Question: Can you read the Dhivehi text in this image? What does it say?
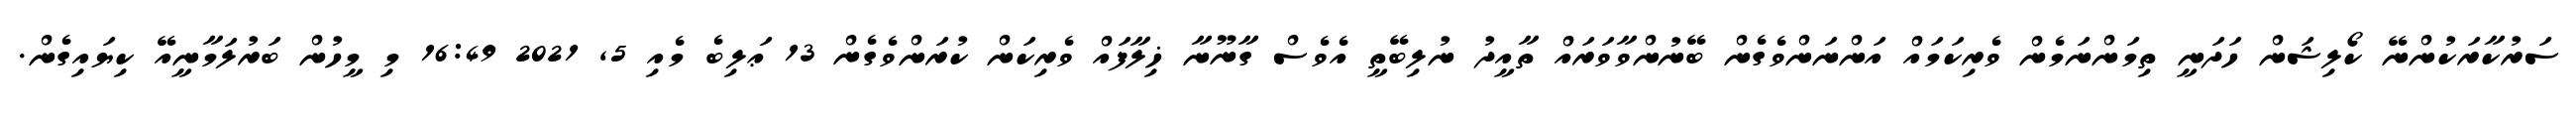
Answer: ސަރުކާރަކުންނޭ ކޯލިޝަން ހަދަނީ ތިމަންނަމެން ވެރިކަމައް އަންނަންވެގެން ބޭނުންވާވަރައް ތާއީދު ނުލިބޭތީ އެވެސް ގާނޫނާ ޚިލާފައް ވެރިކަން ކުރަންވެގެން 13 ޢަލިބެ މެއި 5, 2021 16:49 މި މީހުން ބަރުލަމާނީއޭ ކިޔައިގެން.